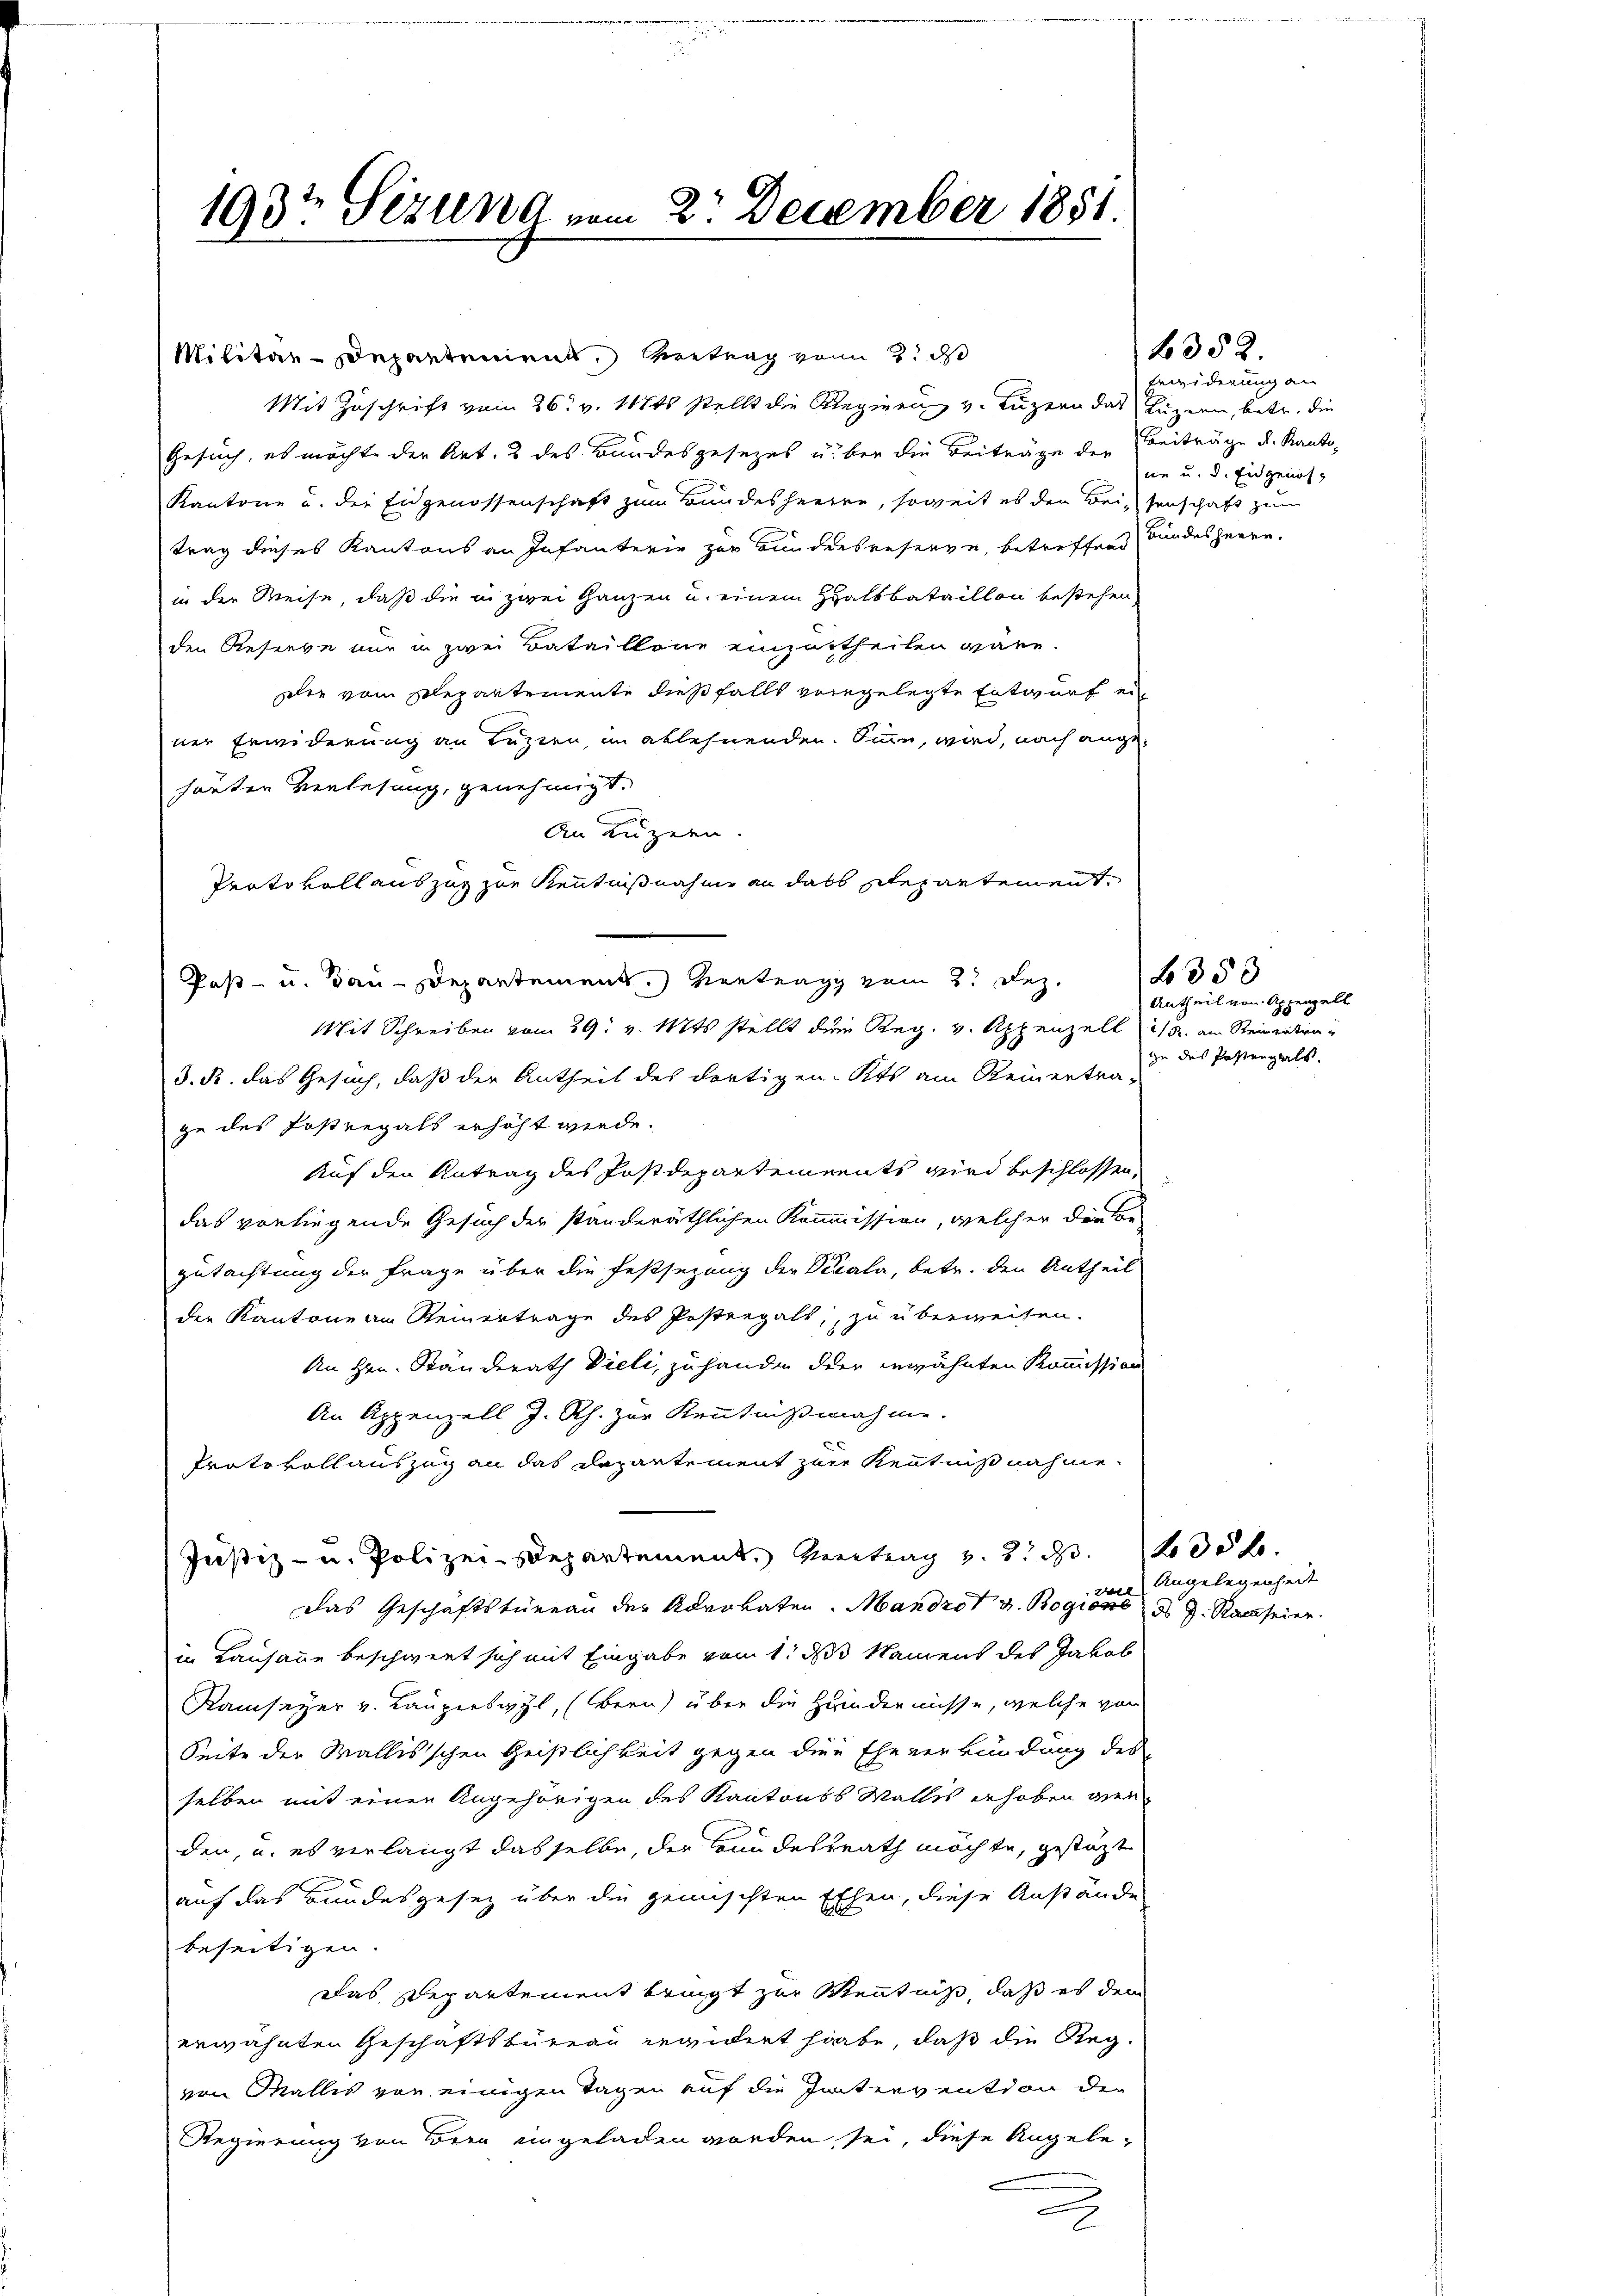
193t Sitzung vom 2. December 1881.

Militär-Departements, Vertrag von 2. d
Mit Zuschrift vom 26. v. 18ts stellt die Regierung v. Luzern das Luzern, betr. die
Gesuch, es möchte der Art. 2 des Bundesgesezes über die Beiträge der Beiträge u. Kanto¬
Kantone u. der Eidgenossenschaft zum Bundesheere, soweit es den Beisenschaft zum
trag dieses Kantons an Infanterie zur Bundensreserve, betreffend
in der Weise, daß die in zwei Ganzen u. einem Halsbataillon bestehen,
den Reserbe nur in zwei Bataillone einzurtheilen wäre.
Die vom Departemente dießfalls vorgelegte Entwurf ein
ner Erwiderung an Luzien, im ablehnenden. Sinn, wird, nach angehauten Verlesung, genehmigt.
An Luzern.
Protokoll auszug zur Kenntnißnahme an dass schepartement,
Paß- u. Bau-Departement. Vertrag vom 2. Dez.
Mit Schreiben vom 29. v. Mts. stellt dem Reg. v. Appenzell 1/3. am Reingetra¬
3. R. das Gesuch, daß der Antheil des dortigen Kts am Reinertra-
ze des Fostregals erhöht werde.
Auf den Antrag des Postdepartements wird beschlossen,
das vorliegende Gesuch der standeräthlichen Kommission, welcher diese
gutachtung der Frage über die Festsezung der Verala, betr. den Antheil
der Kantone am Reinertrage des Postregals, zu überweisen.
An Hrn. Ständerath Vieli, zu handen der erwähnten Kommission
An Appenzell J. Rh. zur Kenntnißnahme.
Protokollauszug an das Departement zur Kenntnißnahme.
Justiz- u. Polizei-Departement, Vortrag v. 2. d. 100 k
2
Das Geschäftstüreau der Advokaten. Mandrot v. Rogion d. J. Ramseiner
in Lausanne beschwert sich mit Eingabe vom 1. das Namens des Jakob
Ramseyer v. Lauperswyl, (Bern über die Handernisse, welche von
Seite der Wallisschen Geistlichkeit gegen der Eheverkündung des
selben mit einen Angehörigen des Kantonss Wallis erhoben werden, u. es verlangt dasselbe, der Bundesrath möchte, gestützt
auf das Bundesgesetz über die gemischten Ehen, diese Anstände
beseitigen.
Das Departement bringt zur Kentniß, daß es dem
erwähnten Geschäftsbureau erwidert habe, daß die Regvon Wallis von einigen Tagen auf die Intervention der
Regierung von Bern eingeladen worden sei, diese Angelee
2

6352.
Erwiderung an
ne u. d. Eidgenoh¬
Bundesheere.

1 f 350
Antheil von Appenzelt
iu des Postenzals.

Angelegenheit